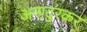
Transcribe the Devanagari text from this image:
अनादुरकर